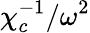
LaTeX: {\chi_{c}^{-1}}/{\omega^{2}}